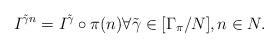
LaTeX: \begin{align*}I^{\tilde \gamma n} = I^{\tilde \gamma} \circ \pi (n) \forall \tilde \gamma \in [\Gamma_\pi / N] , n \in N .\end{align*}